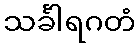
သင်္ခါရဂတံ